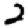
Digit: 2